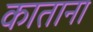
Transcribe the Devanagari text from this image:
काताना